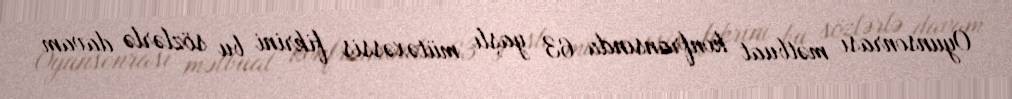
Oyunsonrası mətbuat konfransında 63 yaşlı mütəxəssis fikrini bu sözlərlə davam